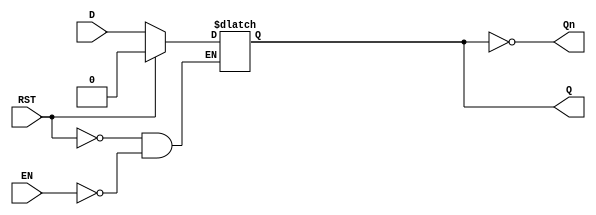
module LatchRegister (
    input wire D,        // Data Input
    input wire EN,       // Enable Signal
    input wire RST,      // Asynchronous Reset (optional)
    output reg Q,        // Output
    output wire Qn       // Inverted Output
);

// Inverted Output
assign Qn = ~Q;

// Asynchronous Reset functionality
always @(*) begin
    if (RST) begin
        Q <= 1'b0; // Reset Q to 0
    end else if (EN) begin
        Q <= D;    // Capture D when EN is high
    end
    // If EN is low, Q retains its previous value
end

endmodule